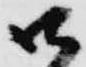
御